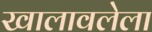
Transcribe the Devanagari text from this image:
खालावलेला